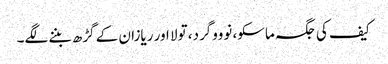
کیف کی جگہ ماسکو، نوووگرد، تولا اور ریازان کے گڑھ بننے لگے۔